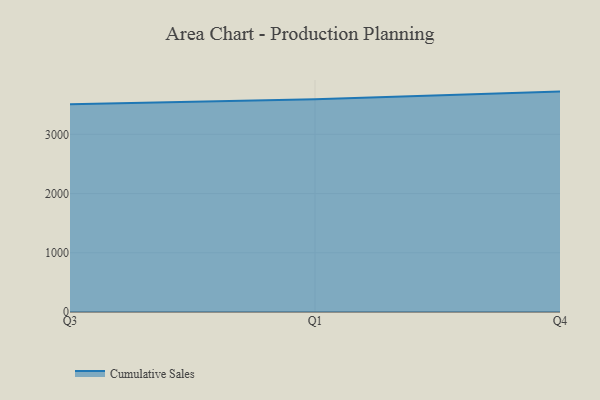
{"axis": {"x": "Quarter", "y": "Population (Million)"}, "legend": ["Cumulative Sales"], "data": [{"x": "Q3", "y": 3509.4, "type": "Cumulative Sales"}, {"x": "Q1", "y": 3592.8, "type": "Cumulative Sales"}, {"x": "Q4", "y": 3721.3, "type": "Cumulative Sales"}]}